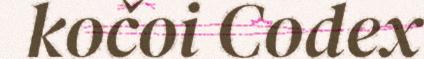
kočoi Codex